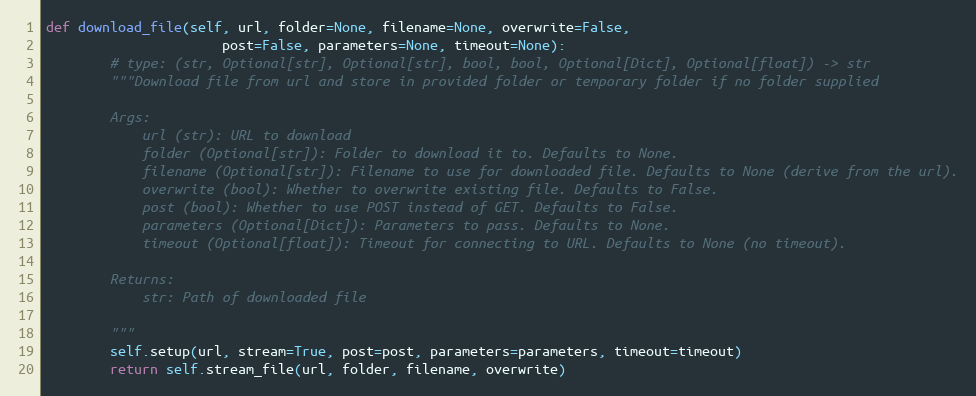
Language: Python
def download_file(self, url, folder=None, filename=None, overwrite=False,
                      post=False, parameters=None, timeout=None):
        # type: (str, Optional[str], Optional[str], bool, bool, Optional[Dict], Optional[float]) -> str
        """Download file from url and store in provided folder or temporary folder if no folder supplied

        Args:
            url (str): URL to download
            folder (Optional[str]): Folder to download it to. Defaults to None.
            filename (Optional[str]): Filename to use for downloaded file. Defaults to None (derive from the url).
            overwrite (bool): Whether to overwrite existing file. Defaults to False.
            post (bool): Whether to use POST instead of GET. Defaults to False.
            parameters (Optional[Dict]): Parameters to pass. Defaults to None.
            timeout (Optional[float]): Timeout for connecting to URL. Defaults to None (no timeout).

        Returns:
            str: Path of downloaded file

        """
        self.setup(url, stream=True, post=post, parameters=parameters, timeout=timeout)
        return self.stream_file(url, folder, filename, overwrite)